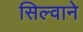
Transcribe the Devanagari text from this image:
सिल्वाने